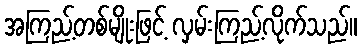
အကြည့်တစ်မျိုးဖြင့် လှမ်းကြည့်လိုက်သည်။